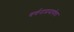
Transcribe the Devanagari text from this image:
वर्णनाप्रमाणेच